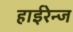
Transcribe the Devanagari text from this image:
हाईरेन्ज